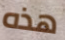
هذه